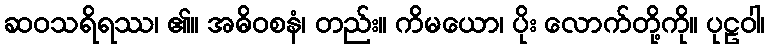
ဆဝသရိရဿ၊ ၏။ အဓိဝစနံ၊ တည်း။ ကိမယော၊ ပိုး လောက်တို့ကို။ ပုဠဝါ၊